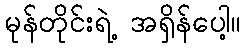
မုန်တိုင်းရဲ့ အရှိန်ပေါ့။